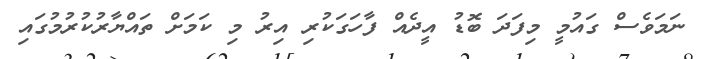
ނަމަވެސް ގައުމީ މިފަދަ ބޮޑު އީދެއް ފާހަގަކުރި އިރު މި ކަމަށް ތައްޔާރުކުރުމުގައި